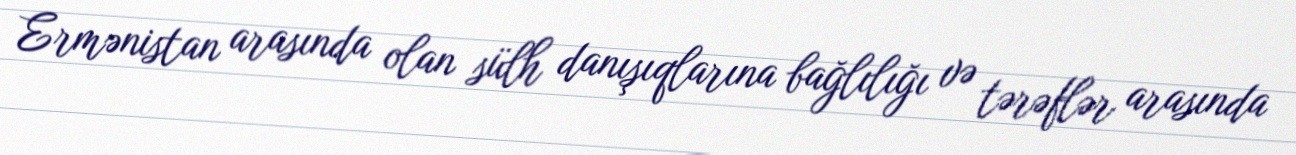
Ermənistan arasında olan sülh danışıqlarına bağlılığı və tərəflər arasında